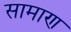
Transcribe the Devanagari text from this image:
सामाण